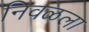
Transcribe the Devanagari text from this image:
निवळला